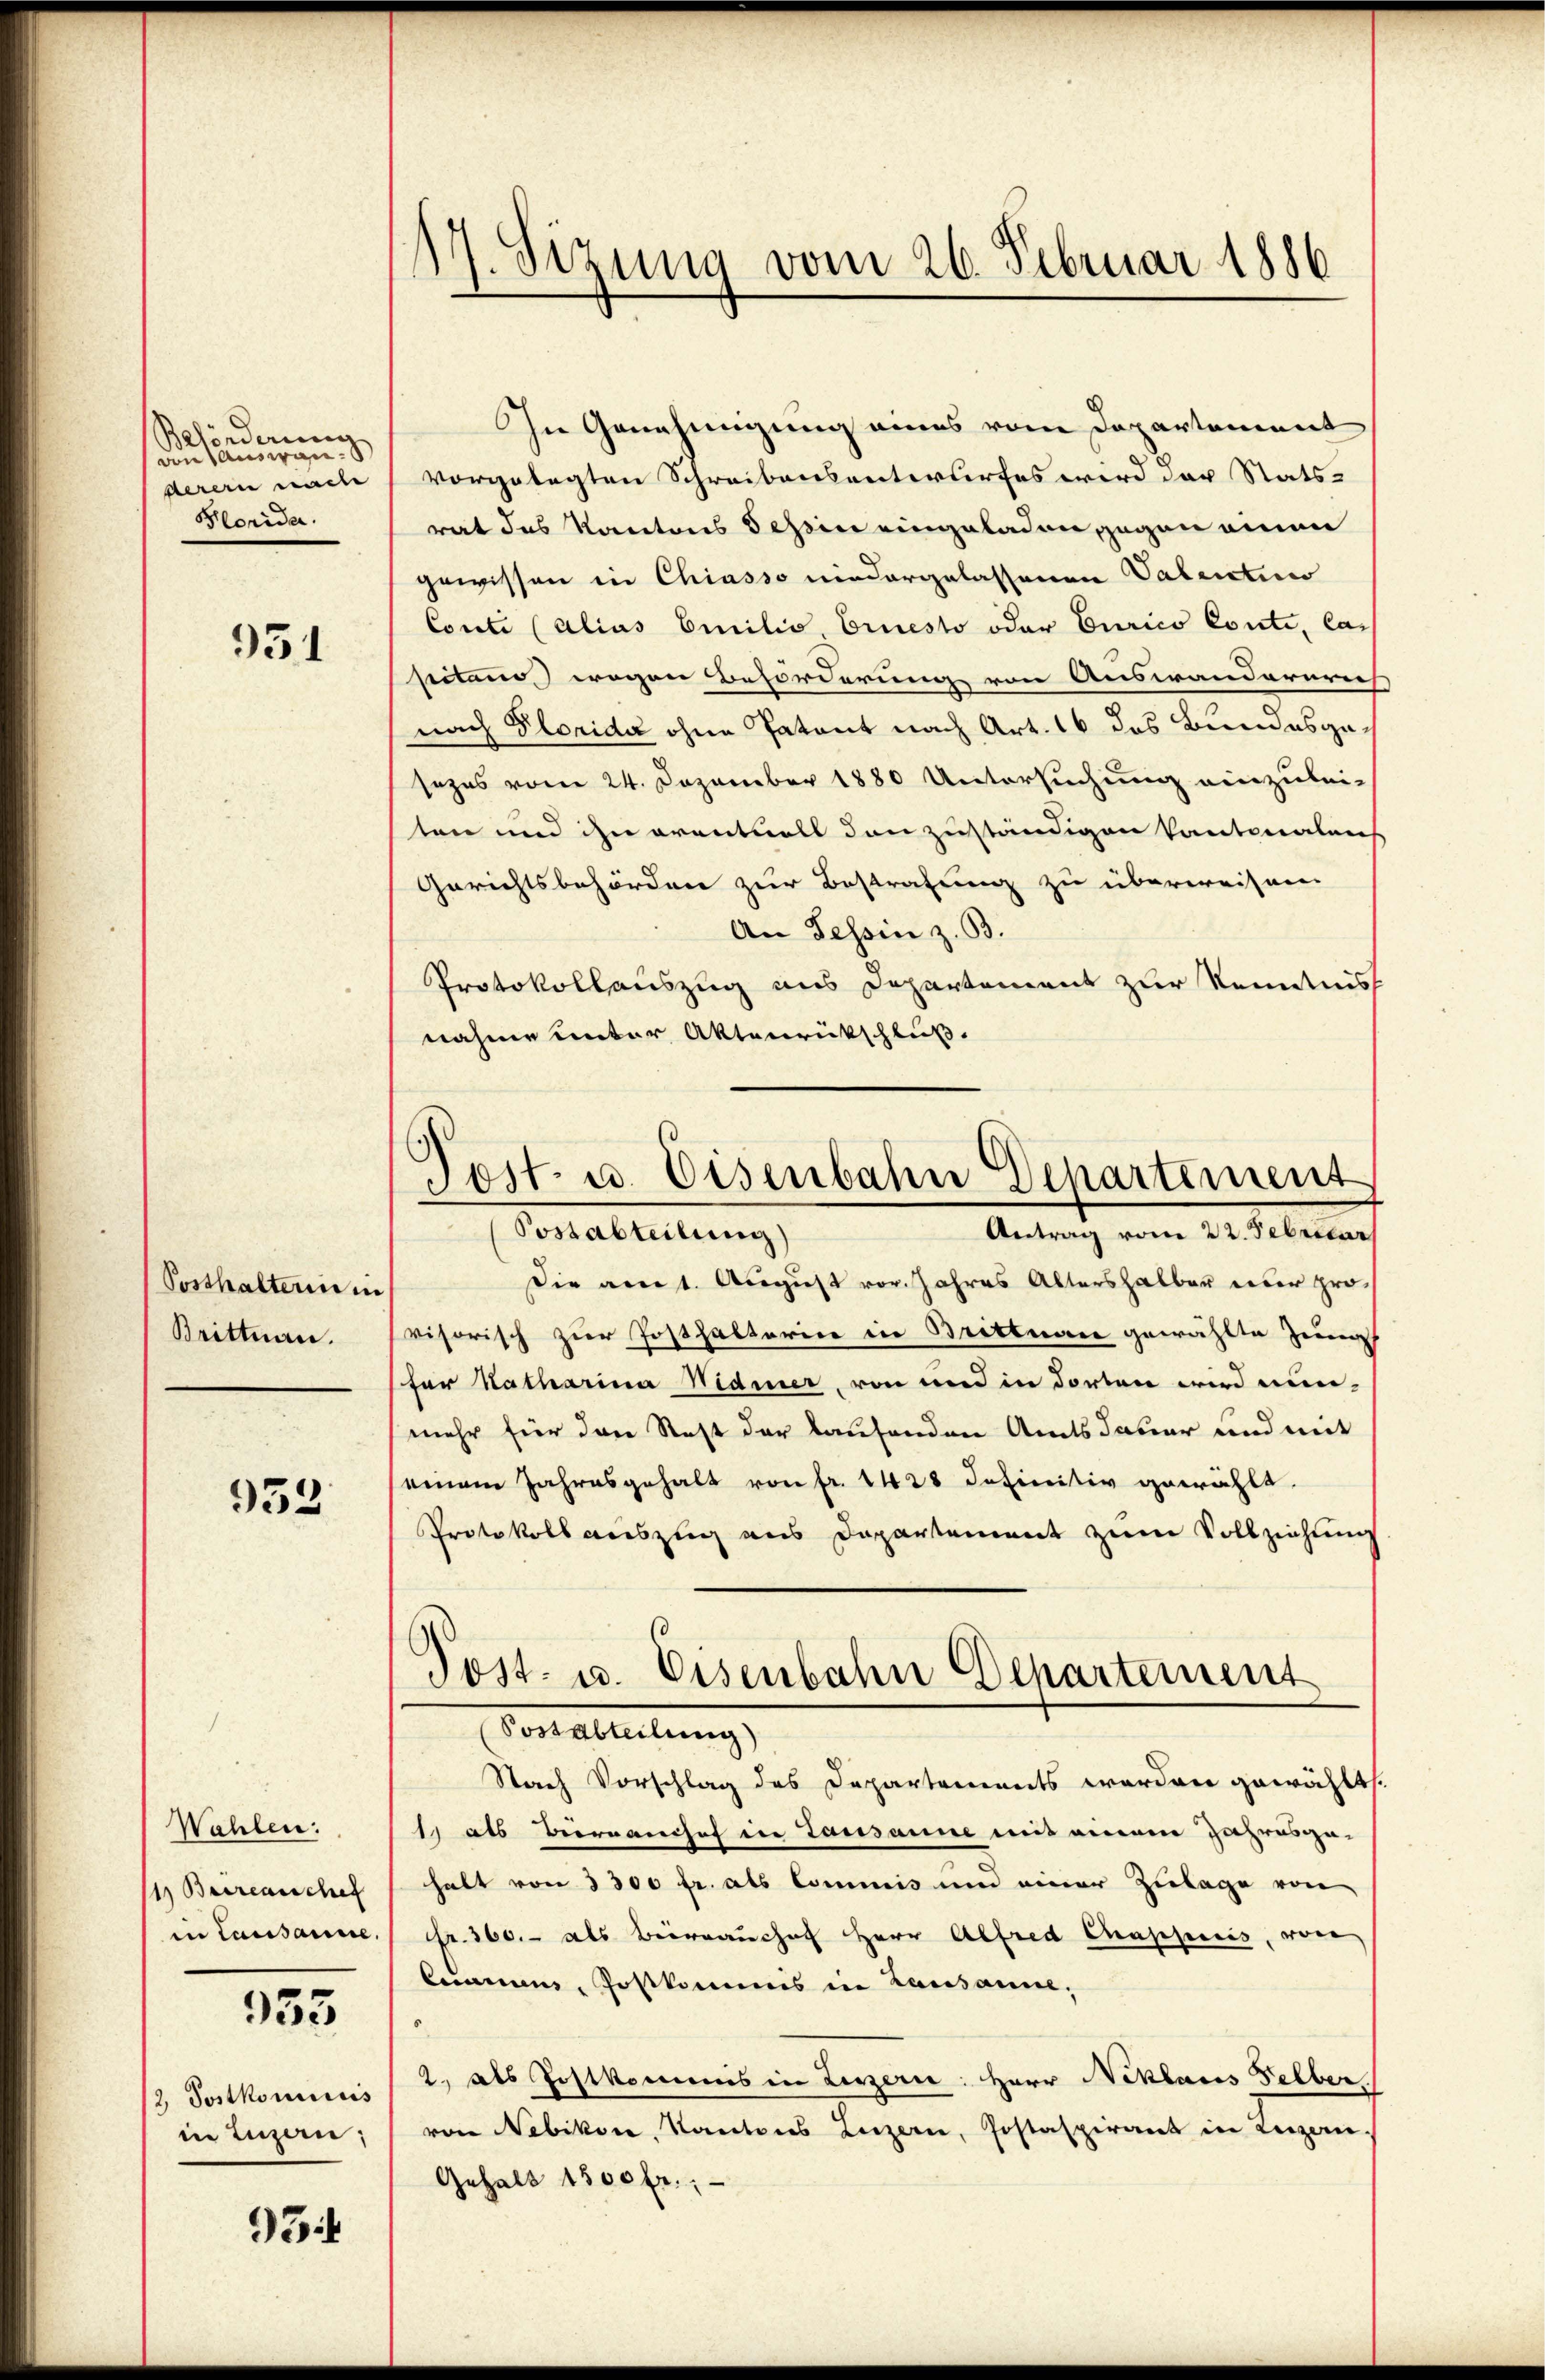
Beförderung
von Auswanserern mache
Horida.

93

Sosthaltern in
Brittnau.

932

Wehlen:
11) Beerenische
in Lausanne.

955

2. Postkomicis
in Luzern;

934

In Genehmigung eines vom Departement
vorgelegten Schreibensentwurfes wird der Statsrat des Kantons Schin eingeladen gegen einen
gewissen in Chiasso niedergelassenen Valentio
Conli (alias Emilie, Ernesto oder Curico Conti, lass
sitaine wegen Beförderung von Auswandernrich
nach Florida ohne Patent nach Art. 16 das Bundesgesezes vom 24. Dezember 1880 Untersuchung einzuleiten und ihn erentuell den zuständigen Cantonalans
Gerichtsbehörden zur Bestrafung zu überweisen.
An Tessin z. B.
Protokollauszug aus Departement zur Kenntnis
nahme unter Aktenrückschluß.

17. Sizung vom 26. Februar 1886

Post. u. Eisenbahn Departement
(Postabteilung)
Antrag vom 22. Febricar

Die am 1. August vor. Jahres Altershalber über pro
visorisch zur Posthalterier in Bretteure gewählte Zung
fer Katharina Maier, von und in dorten wird nun-
mehr für den Rest der laufenden Amtsdauer und mit
seinem Jahresgehalt von fr. 1428 definitiv gewählt.
Protokoll auszug aus Departement zum Vollziehung
Nach Vorschlag des Departements werden gewählt.
1) als Biernanchef in Tausanne mit einem Jahresge-
halt von 3300 fr. als Commis um einer Zulage von
fr. 360.- als Beirrauchof Herr Alfred Chappiis, von
Cumnus, Postkommis in Lausanne,
2., als Postkommes in Leserie: Herr Niklaus Selber
von Nebikon, Kantons Luzern, Postaspirant in Luzern.
Gehalt 1500 fr.;

Post- u. Eisenbahn Dchartement
Vorteteilung